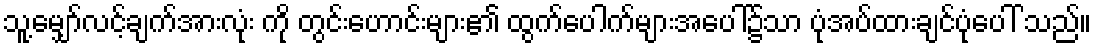
သူ့မျှော်လင့်ချက်အားလုံး ကို တွင်းဟောင်းများ၏ ထွက်ပေါက်များအပေါ်၌သာ ပုံအပ်ထားချင်ပုံပေါ် သည်။